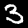
Digit: 3